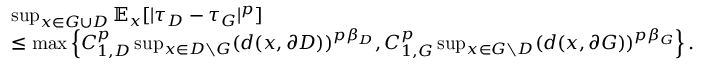
\begin{array} { r l } & { \operatorname* { s u p } _ { x \in G \cup D } \mathbb { E } _ { x } [ | \tau _ { D } - \tau _ { G } | ^ { p } ] } \\ & { \le \operatorname* { m a x } \left\{ C _ { 1 , D } ^ { p } \operatorname* { s u p } _ { x \in D \setminus { G } } ( d ( x , \partial D ) ) ^ { p \beta _ { D } } , C _ { 1 , G } ^ { p } \operatorname* { s u p } _ { x \in G \setminus { D } } ( d ( x , \partial G ) ) ^ { p \beta _ { G } } \right\} . } \end{array}